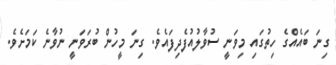
ގިނަ ބައެއްގެ ހިތުގައި މިވަނީ ސުވާލުއުފެދިފައެވެ. ގިނަ މީހުން ބުރަވަނީ ނުވާނެ ކަމަށެވެ.